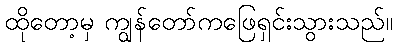
ထိုတော့မှ ကျွန်တော်ကဖြေရှင်းသွားသည်။